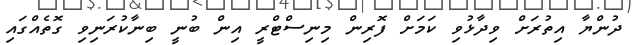
ދުންޔާ އިތުރަށް ވިދާޅުވި ކަމަށް ފޮރިން މިނިސްޓްރީ އިން ބުނީ ބިނާކުރަނިވި ގޮތެއްގައި